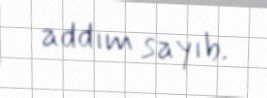
addım sayıb.